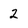
Character: 2